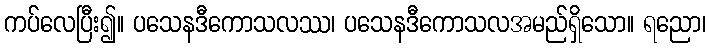
ကပ်လေပြီး၍။ ပသေနဒီကောသလဿ၊ ပသေနဒီကောသလအမည်ရှိသော။ ရညော၊